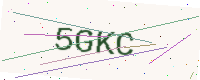
Text: 5GKC